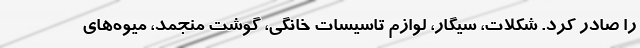
را صادر کرد. شکلات، سیگار، لوازم تاسیسات خانگی، گوشت منجمد، میوه‌های